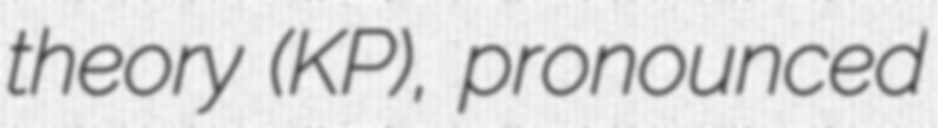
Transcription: theory (KP), pronounced